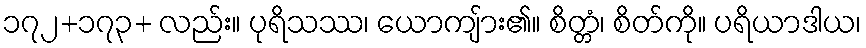
၁၇၂+၁၇၃+ လည်း။ ပုရိသဿ၊ ယောကျ်ား၏။ စိတ္တံ၊ စိတ်ကို။ ပရိယာဒါယ၊